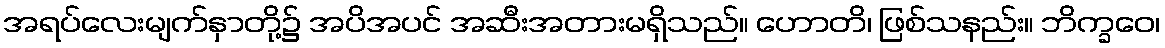
အရပ်လေးမျက်နှာတို့၌ အပိအပင် အဆီးအတားမရှိသည်။ ဟောတိ၊ ဖြစ်သနည်း။ ဘိက္ခဝေ၊